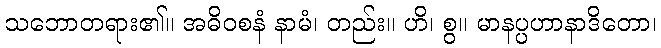
သဘောတရား၏။ အဓိဝစနံ နာမံ၊ တည်း။ ဟိ၊ စွ။ မာနပ္ပဟာနာဒိတော၊